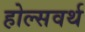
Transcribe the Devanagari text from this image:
होल्सवर्थ